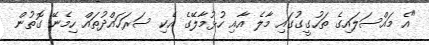
"އެ މައްސަލައިގެ ތަހުގީގުގައި މާލެ އާއި ހުޅުމާލޭގެ އެކި ސަރަހައްދުތައް ހިމެނޭ ގޮތުން